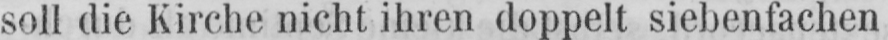
soll die Kirche nicht ihren doppelt siebenfachen